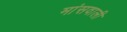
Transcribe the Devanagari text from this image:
मांसवाली